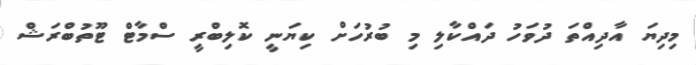
މިދިޔަ އާދިއްތަ ދުވަހު ދައްކާލި މި ބުރުހަށް ކިޔަނީ ކޮލިބްރީ ސްމާޓް ޓޫތުބްރަޝް